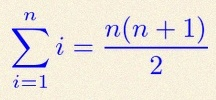
\sum_{i=1}^{n}i=\frac{n(n+1)}2